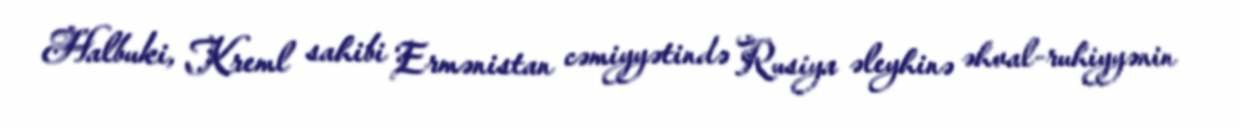
Halbuki, Kreml sahibi Ermənistan cəmiyyətində Rusiya əleyhinə əhval-ruhiyyənin